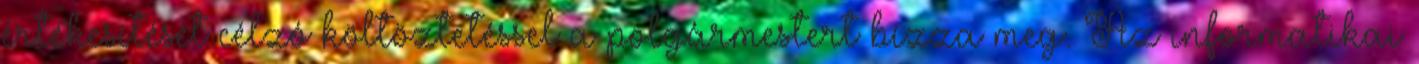
értékesítését célzó költöztetéssel a polgármestert bízza meg. Az informatikai